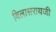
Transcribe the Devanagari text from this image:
विलासरायजी